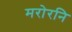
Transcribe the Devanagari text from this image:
मरोरनि